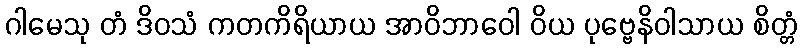
ဂါမေသု တံ ဒိဝသံ ကတကိရိယာယ အာဝိဘာဝေါ ဝိယ ပုဗ္ဗေနိဝါသာယ စိတ္တံ